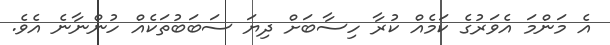
އެ މަންމަ އެވަރުުގެ ކަމެއް ކުރާ ހިސާބަށް ދިޔަ ސަބަބުތަކެއް ހުންނާނެ އެވެ.